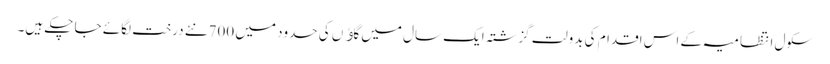
سکول انتظامیہ کے اس اقدام کی بدولت گزشتہ ایک سال میں گاﺅں کی حدود میں 700نئے درخت لگائے جا چکے ہیں۔